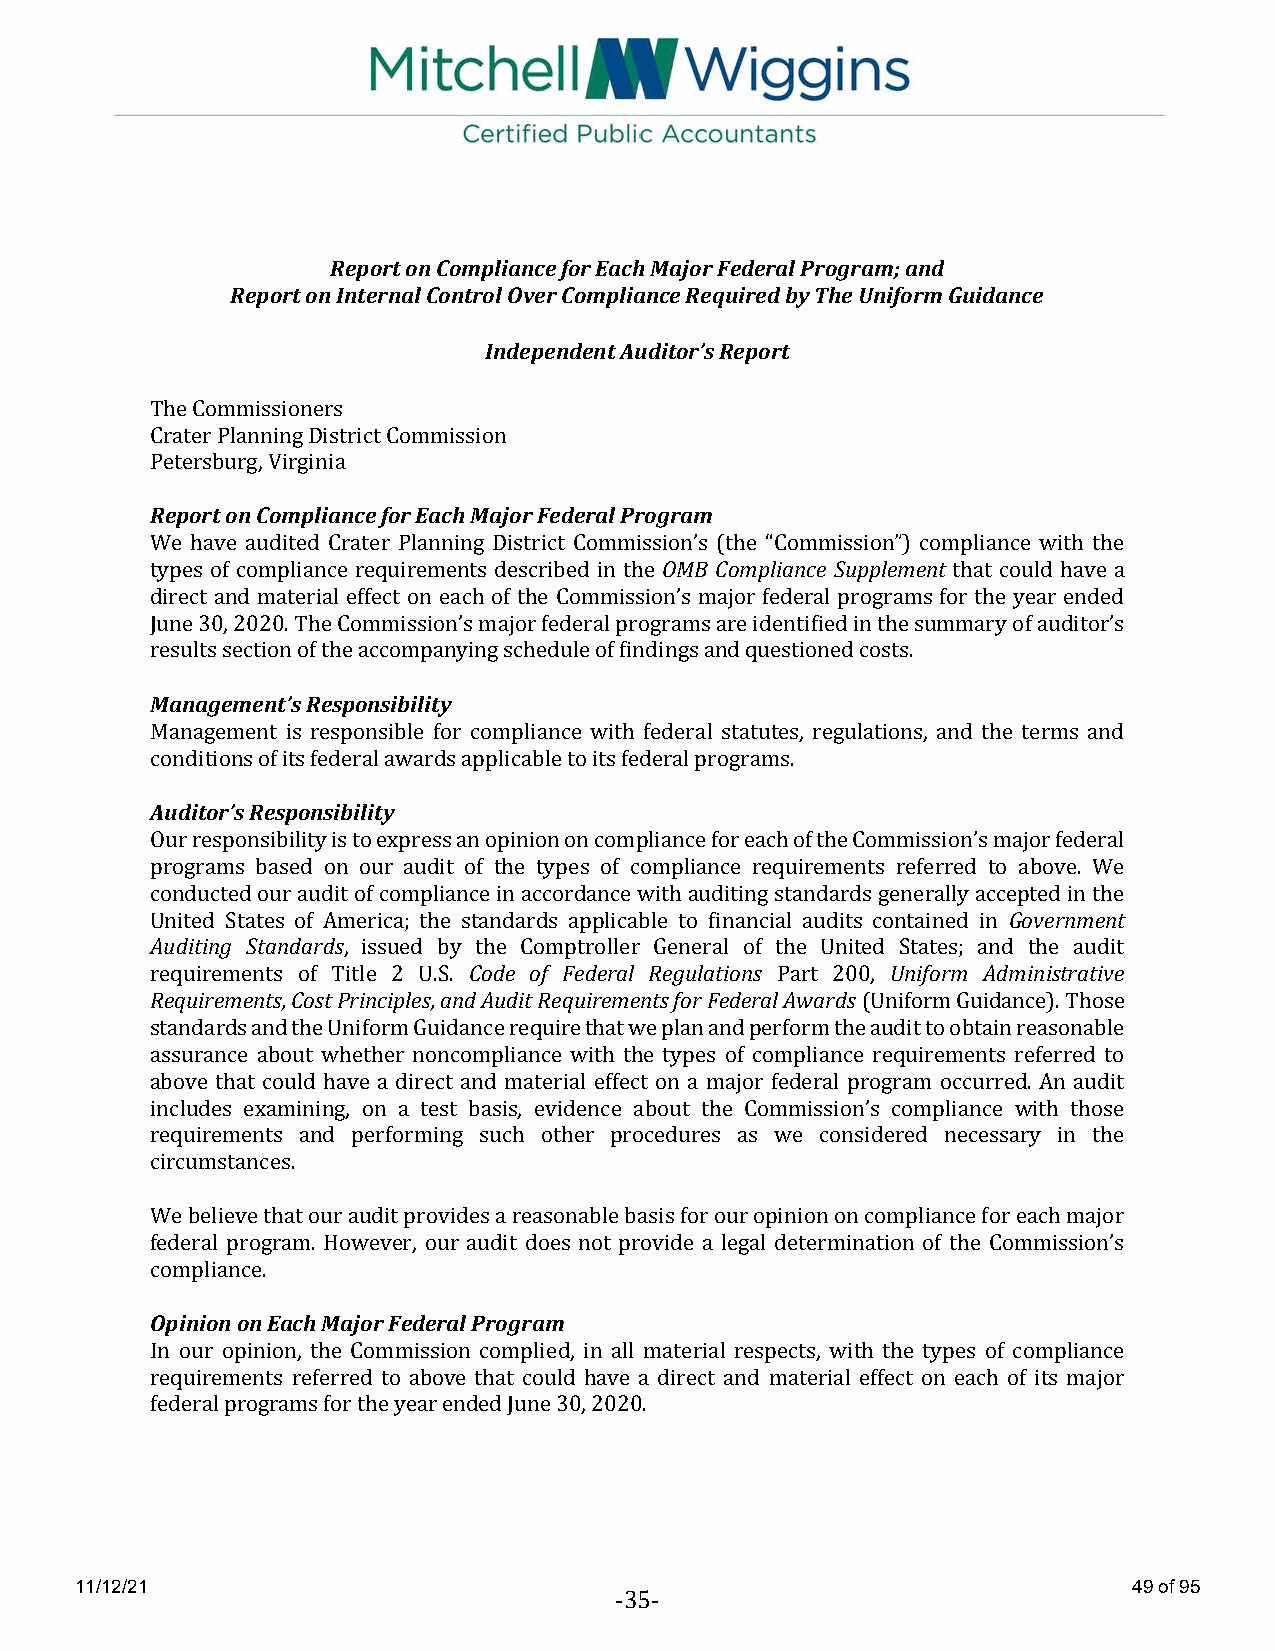
Report on Compliance for Each Major Federal Program; and
 Report on Internal Control Over Compliance Required by The Uniform Guidance
 Independent Auditor’s Report
 The Commissioners
 Crater Planning District Commission
 Petersburg, Virginia
 Report on Compliance for Each Major Federal Program
 We have audited Crater Planning District Commission’s (the “Commission”) compliance with the
 types of compliance requirements described in the OMB Compliance Supplement that could have a
 direct and material effect on each of the Commission’s major federal programs for the year ended
 June 30, 2020. The Commission’s major federal programs are identified in the summary of auditor’s
 results section of the accompanying schedule of findings and questioned costs.
 Management’s Responsibility
 Management is responsible for compliance with federal statutes, regulations, and the terms and
 conditions of its federal awards applicable to its federal programs.
 Auditor’s Responsibility
 Our responsibility is to express an opinion on compliance for each of the Commission’s major federal
 programs based on our audit of the types of compliance requirements referred to above. We
 conducted our audit of compliance in accordance with auditing standards generally accepted in the
 United States of America; the standards applicable to financial audits contained in Government
 Auditing Standards, issued by the Comptroller General of the United States; and the audit
 requirements of Title 2 U.S. Code of Federal Regulations Part 200, Uniform Administrative
 Requirements, Cost Principles, and Audit Requirements for Federal Awards (Uniform Guidance). Those
 standards and the Uniform Guidance require that we plan and perform the audit to obtain reasonable
 assurance about whether noncompliance with the types of compliance requirements referred to
 above that could have a direct and material effect on a major federal program occurred. An audit
 includes examining, on a test basis, evidence about the Commission’s compliance with those
 requirements and performing such other procedures as we considered necessary in the
 circumstances.
 We believe that our audit provides a reasonable basis for our opinion on compliance for each major
 federal program. However, our audit does not provide a legal determination of the Commission’s
 compliance.
 Opinion on Each Major Federal Program
 In our opinion, the Commission complied, in all material respects, with the types of compliance
 requirements referred to above that could have a direct and material effect on each of its major
 federal programs for the year ended June 30, 2020.
 11/12/21                                                              49 of 95
 -3 -
 5